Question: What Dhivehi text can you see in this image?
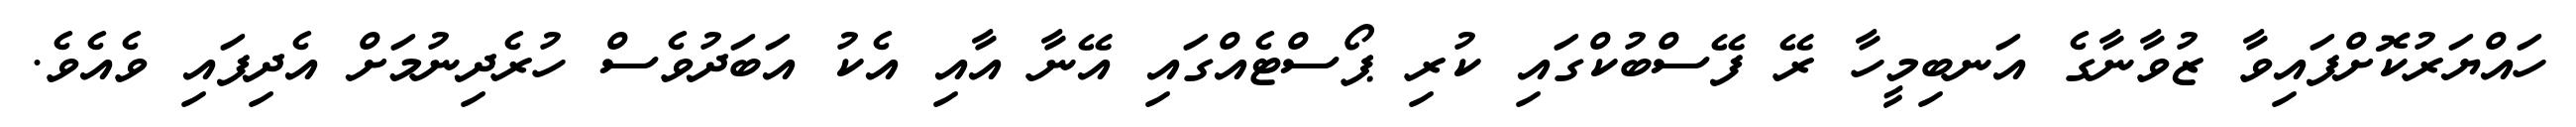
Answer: ހައްޔަރުކޮށްފައިވާ ޒުވާނާގެ އަނބިމީހާ ރޭ ފޭސްބުކްގައި ކުރި ޕޯސްޓެއްގައި އޭނާ އާއި އެކު އަބަދުވެސް ހުރެދިނުމަށް އެދިފައި ވެއެވެ.